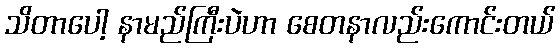
သိတာပေါ့ နာမည်ကြီးပဲဟာ စေတနာလည်းကောင်းတယ်